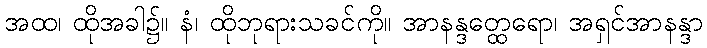
အထ၊ ထိုအခါ၌။ နံ၊ ထိုဘုရားသခင်ကို။ အာနန္ဒတ္ထေရော၊ အရှင်အာနန္ဒာ